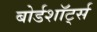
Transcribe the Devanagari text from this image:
बोर्डशॉर्ट्स